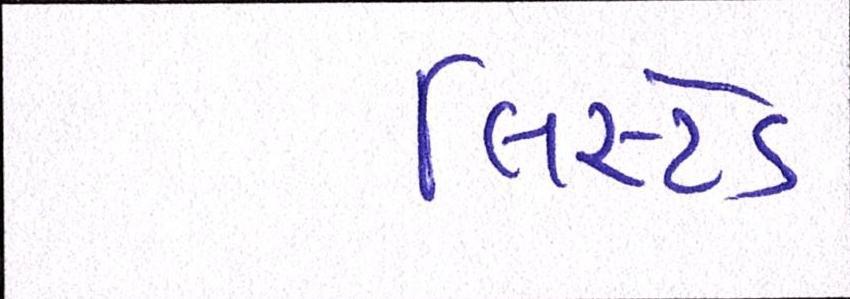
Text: લિસ્ટેડ